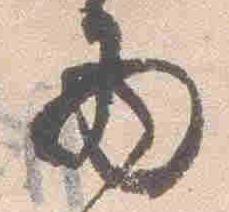
西